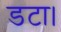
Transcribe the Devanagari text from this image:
डटा।